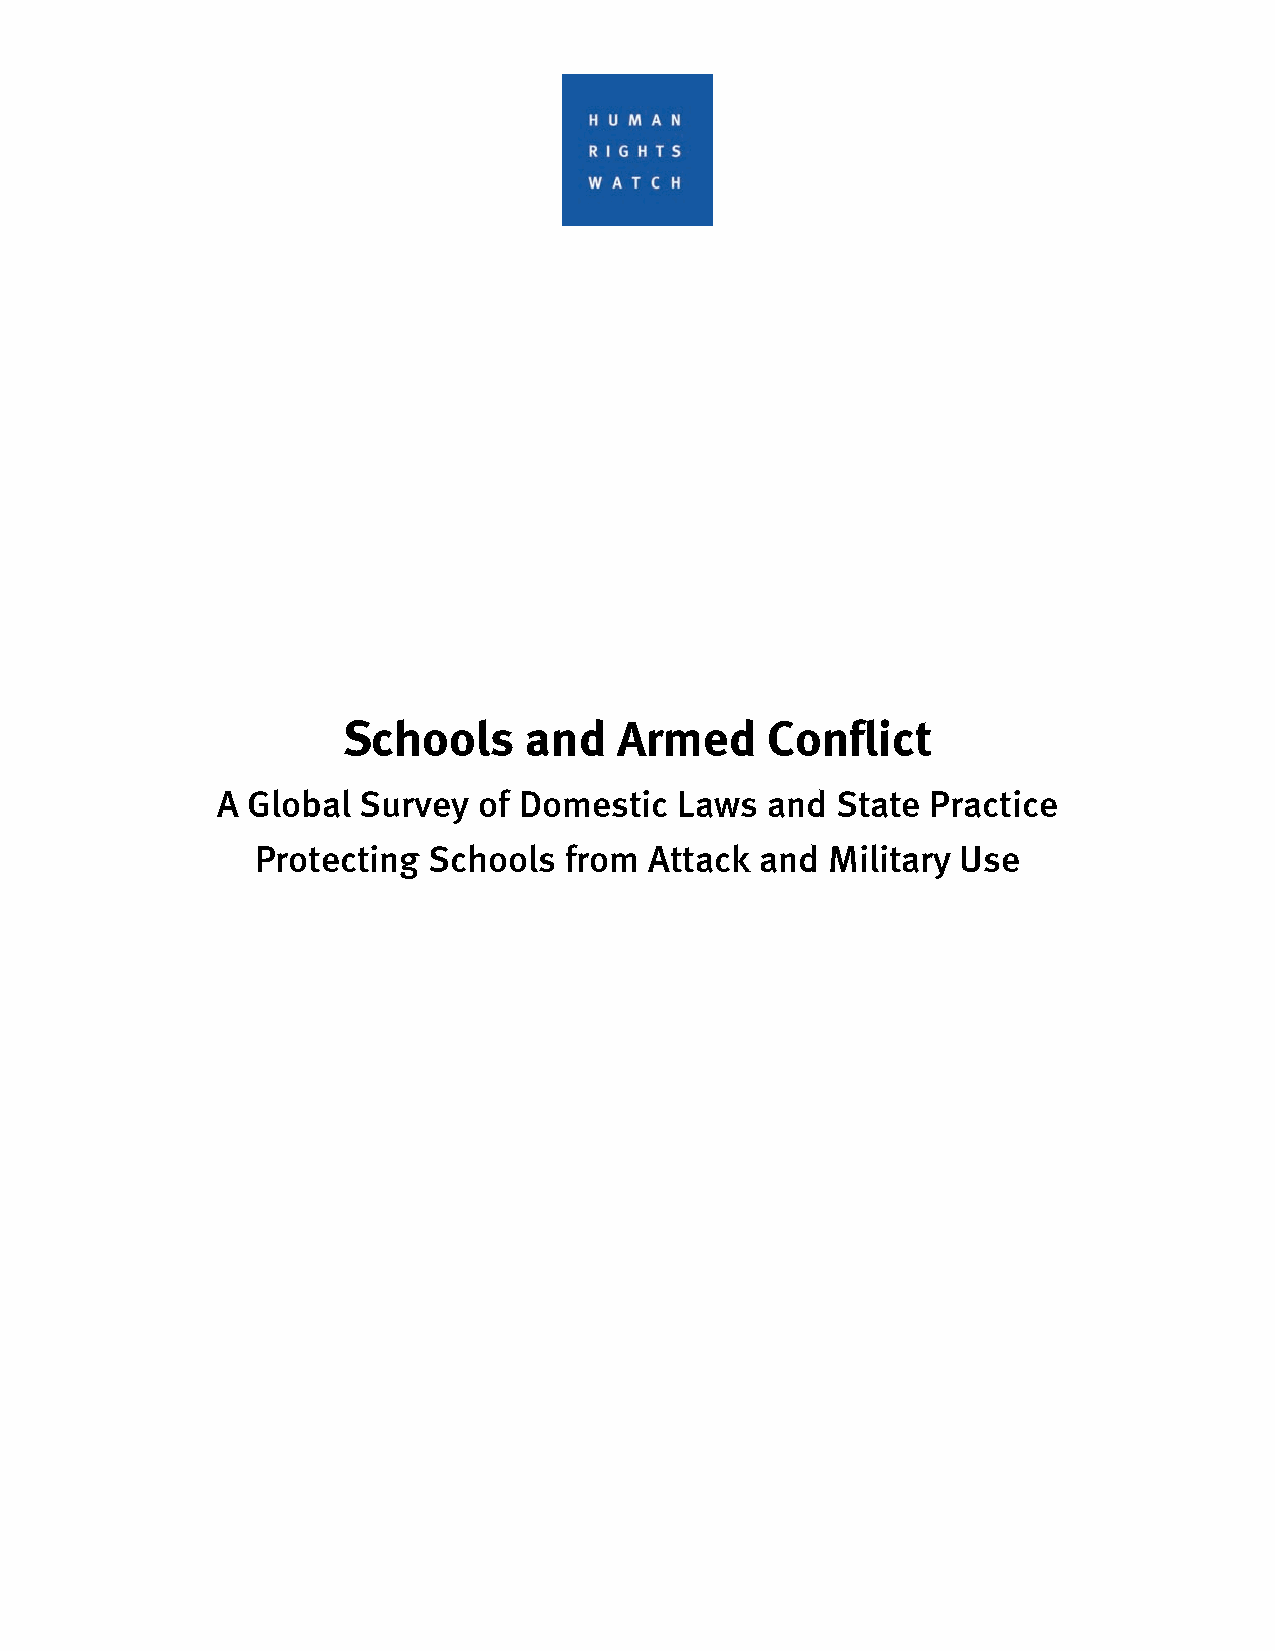
Schools     and   Armed     Conflict
 A Global  Survey  of Domestic  Laws  and State  Practice
 Protecting Schools  from  Attack and  Military Use